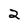
Character: 2